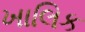
ખાલિક